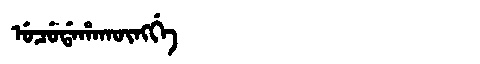
Manchu: ᡠᠴᡠᡩᠠᡥᠠᡴᡡᠩᡤᡝ
Romanization: UCUDAHAKŪNGGE